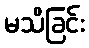
မသိခြင်း